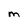
Character: M